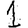
Digit: 1